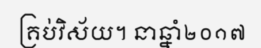
គ្រប់វិស័យ។ នាឆ្នាំ២០១៧